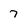
Character: 7